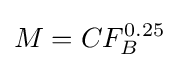
M=CF_{B}^{0.25}